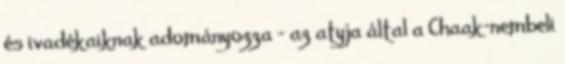
és ivadékaiknak adományozza – az atyja által a Chaak-nembeli